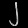
Digit: ၂